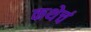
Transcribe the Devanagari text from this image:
कथेचं